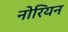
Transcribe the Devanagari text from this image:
नोरियन